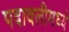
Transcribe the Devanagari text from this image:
पदावलीमध्ये